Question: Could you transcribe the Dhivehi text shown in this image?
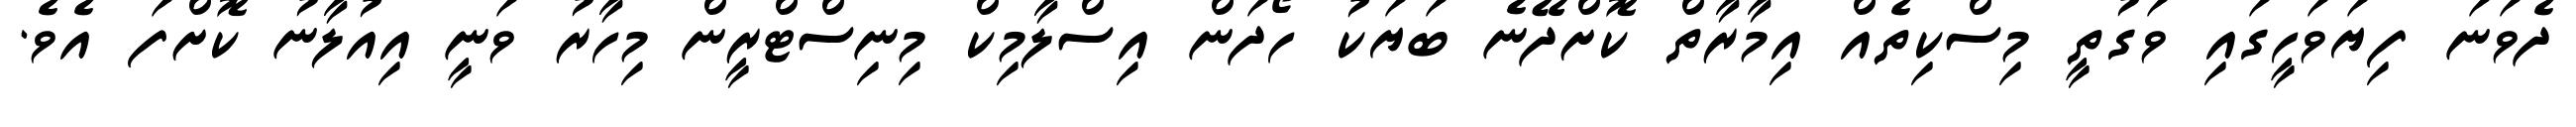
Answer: ދެވަނަ ފިޔަވަހީގައި ވަގުތީ މިސްކިތެއް އިމާރާތް ކޮށްދޭނެ ބަޔަކު ހޯދަން އިސްލާމިކް މިނިސްޓްރީން މިހާރު ވަނީ އިއުލާނު ކޮށްފަ އެވެ.